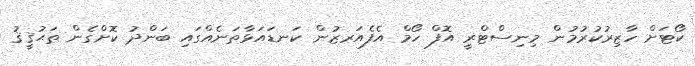
ކޯޓަށް ހާޒިރުކުރުމުން މިނިސްޓްރީ އޮފް ހޯމް އެފެއަރޒުން ކަނޑައަޅާތަނެއްގައި ބަންދު ކޮށްގެން ތަޙުޤީޤު